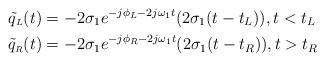
LaTeX: \begin{align*}\tilde{q}_{ \scriptscriptstyle L}(t)& =-2\sigma_1 e^{-j\phi_L-2j\omega_1t}(2\sigma_1(t-t_L)), t<t_L\\\tilde{q}_{ \scriptscriptstyle R}(t)&= -2\sigma_1 e^{-j\phi_R-2j\omega_1t}(2\sigma_1(t-t_R)), t>t_R\end{align*}